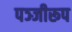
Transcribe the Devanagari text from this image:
पञ्जीरूप